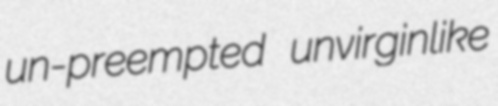
un-preempted unvirginlike